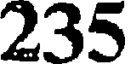
235